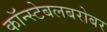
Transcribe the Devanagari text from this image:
कॉन्स्टेबलबरोबर